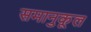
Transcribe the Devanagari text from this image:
समानुकूल